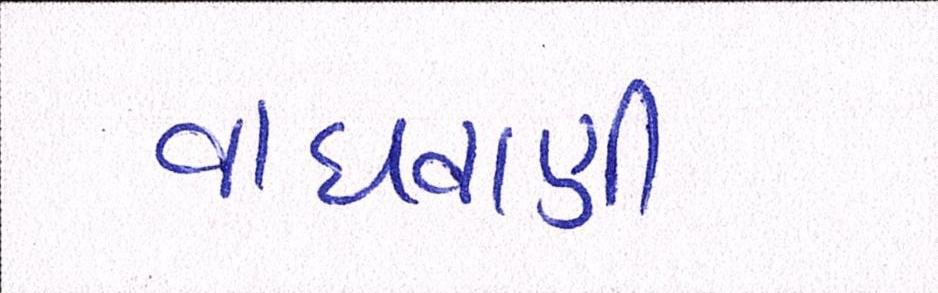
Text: વાધવાણી